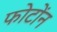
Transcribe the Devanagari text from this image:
फोटोंन